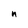
Character: n